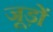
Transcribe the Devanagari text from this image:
जूड़ों